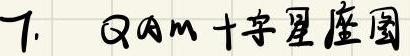
7. QAM 十字星座图